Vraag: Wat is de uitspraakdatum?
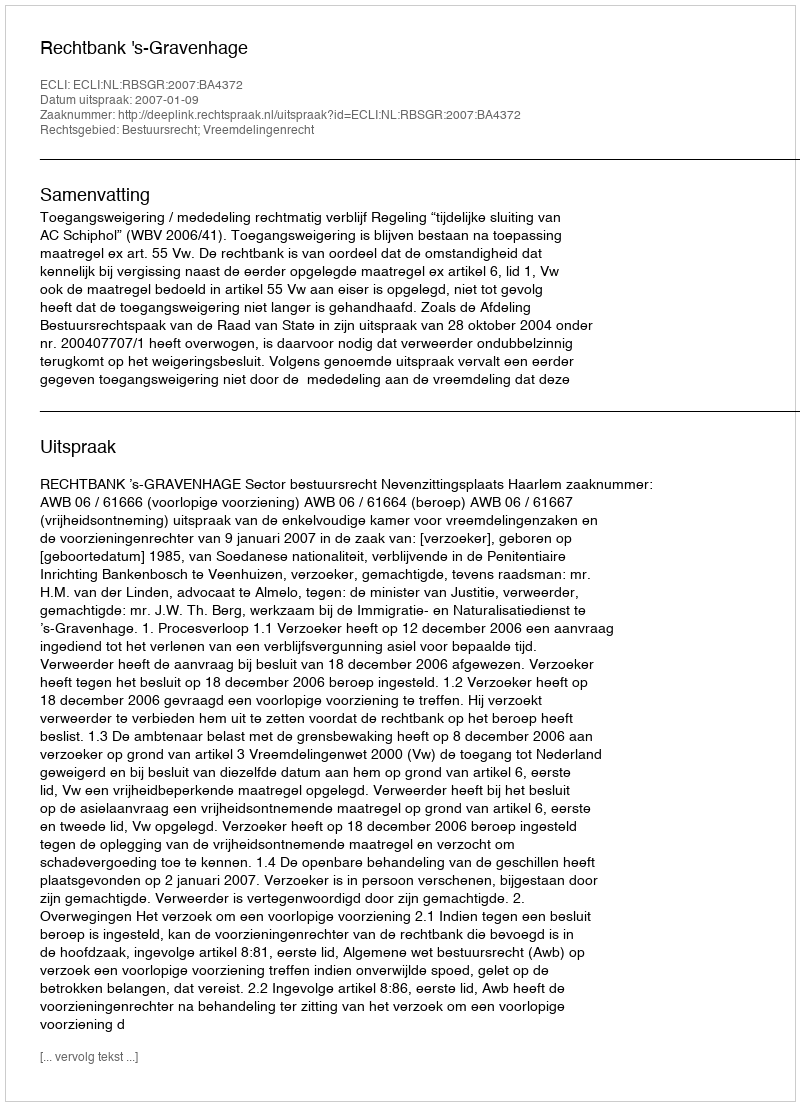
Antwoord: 2007-01-09